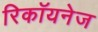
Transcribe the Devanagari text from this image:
रिकॉयनेज